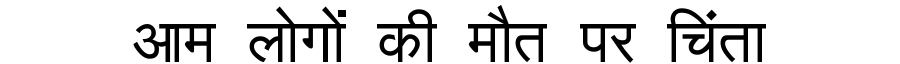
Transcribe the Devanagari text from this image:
आम लोगों की मौत पर चिंता